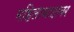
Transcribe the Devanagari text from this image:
महिलावादावर